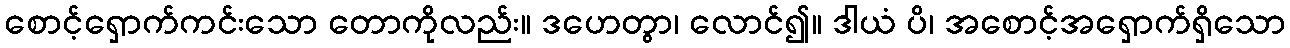
စောင့်ရှောက်ကင်းသော တောကိုလည်း။ ဒဟေတွာ၊ လောင်၍။ ဒါယံ ပိ၊ အစောင့်အရှောက်ရှိသော